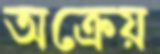
অক্রেয়